画像に写った文字を読んでください
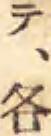
「テ、各」と書いてあります